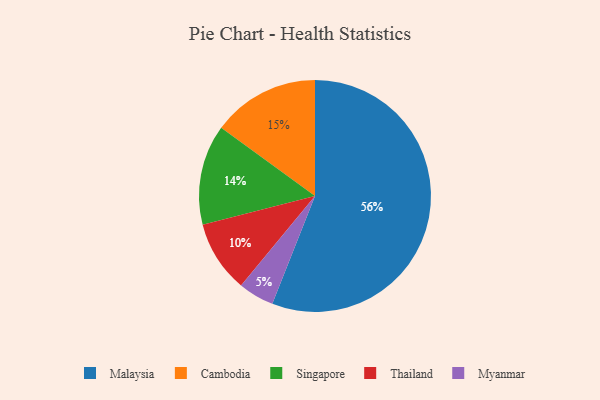
{"axis": {"x": "Category", "y": "Percentage"}, "legend": ["Cambodia", "Malaysia", "Myanmar", "Singapore", "Thailand"], "data": [{"x": "Thailand", "y": 10, "type": "Thailand"}, {"x": "Singapore", "y": 14, "type": "Singapore"}, {"x": "Cambodia", "y": 15, "type": "Cambodia"}, {"x": "Malaysia", "y": 56, "type": "Malaysia"}, {"x": "Myanmar", "y": 5, "type": "Myanmar"}]}